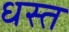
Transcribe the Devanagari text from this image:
धस्त